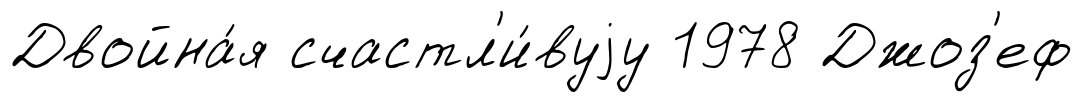
Двойна́я счастл'и́вуjу 1978 Джоз'еф